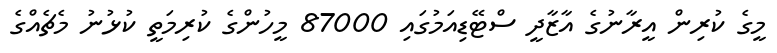
މީގެ ކުރިން އީރާނުގެ އާޒާދީ ސްޓޭޑިއަމުގައި 87000 މީހުންގެ ކުރިމަތީ ކުޅުނު މެޗެއްގެ